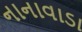
નાનાવાડા